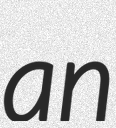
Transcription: an